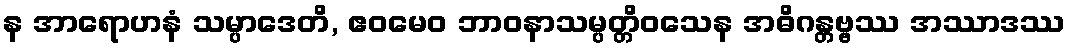
န အာရောဟနံ သမ္ပာဒေတိ, ဧဝမေဝ ဘာဝနာသမ္ပတ္တိဝသေန အဓိဂန္တဗ္ဗဿ အဿာဒဿ